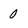
Character: 0